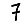
Digit: 7